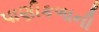
પાણીકળાની